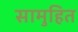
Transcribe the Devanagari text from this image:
सामुहित